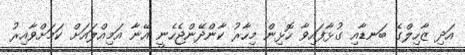
އަދި ޒާހިލްގެ ބަނޑާއި ގުޅާފައިވާ ހޮޅިން މިހާރު ކާންދޭންޖެހެނީ އޭނާ އަމިއްލައަށް ކަމަށްވާއިރު